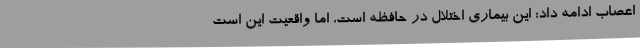
اعصاب ادامه داد: این بیماری اختلال در حافظه است، اما واقعیت این است